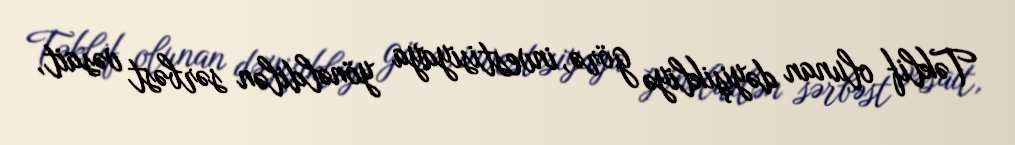
Təklif olunan dəyişikliyə görə, investisiyaya yönəldilən sərbəst vəsait,